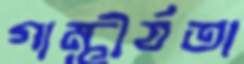
গাম্ভীর্যতা